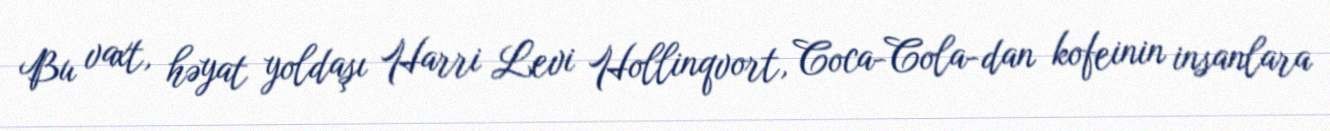
Bu vaxt, həyat yoldaşı Harri Levi Hollinqvort, Coca-Cola-dan kofeinin insanlara